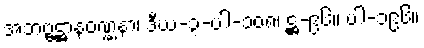
အဘဗ္ဗဋ္ဌာနဝဏ္ဏနာ၊ ဒီဃ-၃-ပါ-၁၀၈၊ ဋ္ဌ-၉၆။ ပါ-၁၉၆။